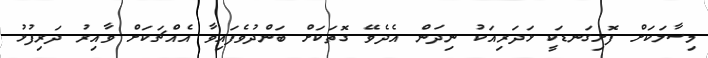
މިސާލަކަށް ފޮށިގަނޑަކީ ޅަދަރިއަކު ނިދަން އެދެވޭ ގޮތަކަށް ބަންދުވެފައިވާ އެއްޗަކަށް ވާއިރު ދަރިފުޅު